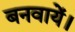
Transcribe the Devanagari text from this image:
बनवायें।